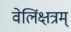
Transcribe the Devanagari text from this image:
वेलिंक्षत्रम्